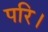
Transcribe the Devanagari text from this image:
परि।